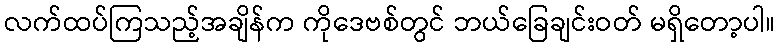
လက်ထပ်ကြသည့်အချိန်က ကိုဒေဗစ်တွင် ဘယ်ခြေချင်းဝတ် မရှိတော့ပါ။